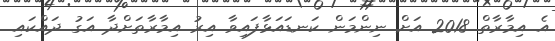
އެ އިމާރާތް 2018 އަށް ނިންމަން ކަނޑައަޅާފައިވާ އިރު އިމާރާތަށްދާ އަގު ދައްކައި